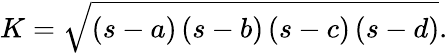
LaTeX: K={\sqrt{\left(s-a\right)\left(s-b\right)\left(s-c\right)\left(s-d\right)}}.